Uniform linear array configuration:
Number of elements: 24
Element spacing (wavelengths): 0.5
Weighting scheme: hann
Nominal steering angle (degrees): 0
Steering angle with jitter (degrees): -1.797
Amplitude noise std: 0.05
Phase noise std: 0.05

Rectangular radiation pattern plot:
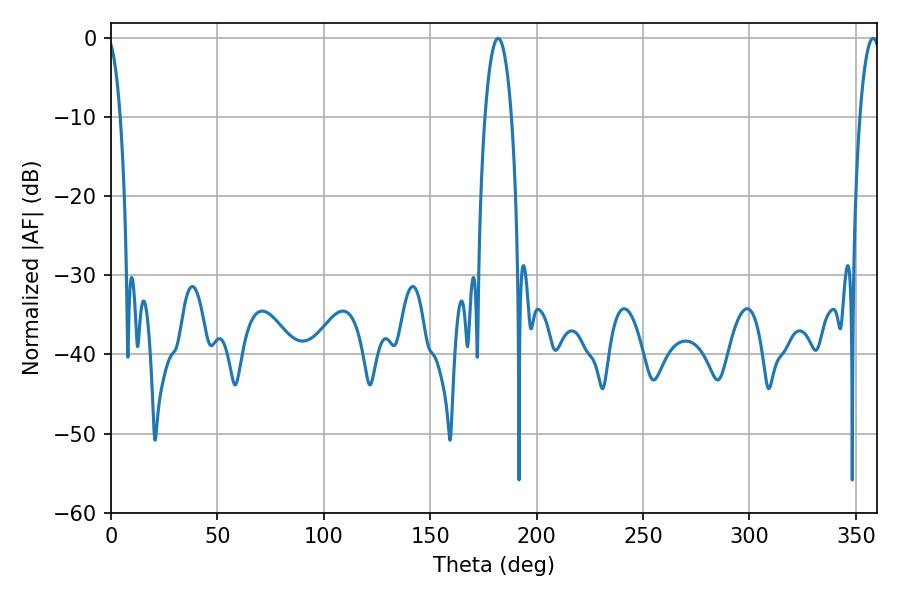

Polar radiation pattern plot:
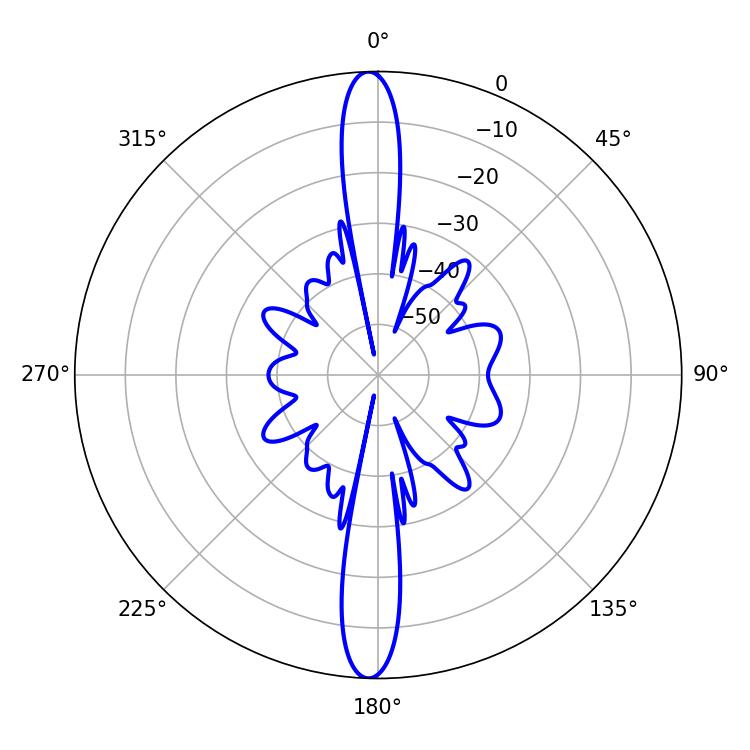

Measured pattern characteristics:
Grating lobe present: FALSE
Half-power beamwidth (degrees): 7.02
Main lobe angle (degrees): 181.98